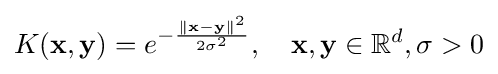
K(\mathbf {x} ,\mathbf {y} )=e^{-{\frac {\|\mathbf {x} -\mathbf {y} \|^{2}}{2\sigma ^{2}}}},\quad \mathbf {x} ,\mathbf {y} \in \mathbb {R} ^{d},\sigma >0